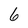
Character: 6